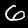
Digit: 6